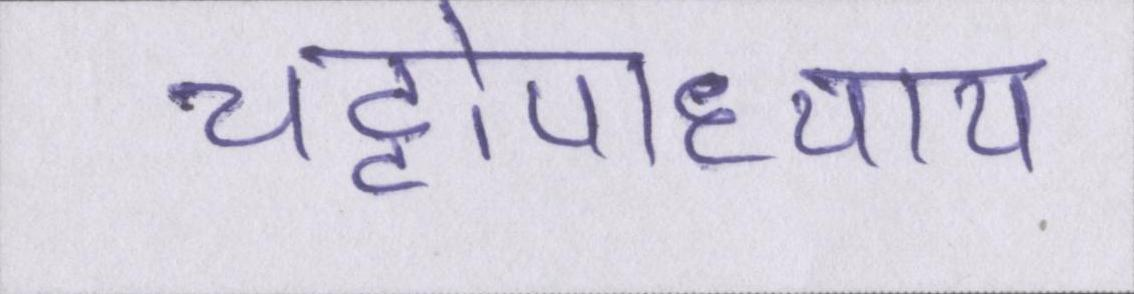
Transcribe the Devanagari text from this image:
चट्टोपाध्याय